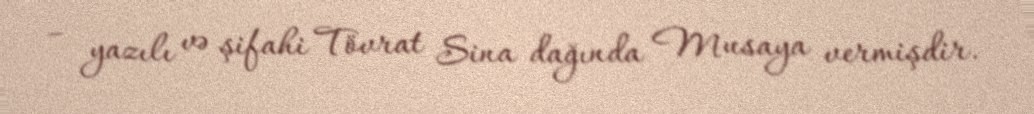
– yazılı və şifahi Tövrat Sina dağında Musaya vermişdir.